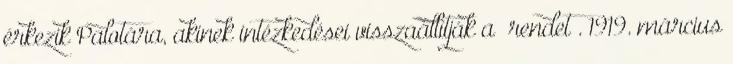
érkezik Palotára, akinek intézkedései visszaállítják a „rendet”. 1919. március